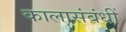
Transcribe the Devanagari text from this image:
कालासंबंधीं